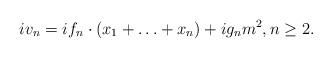
LaTeX: \begin{align*}iv_n &= i f_n \cdot \left( x_1 + \ldots + x_n \right) + i g_n m^2, n \geq 2. \end{align*}